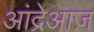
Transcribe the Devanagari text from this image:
आंद्रेआज़